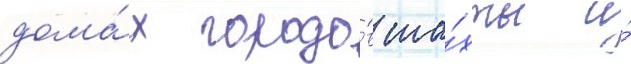
дома́х городо́в ша́хты и́